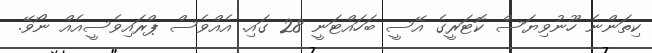
ކިތަންނެ ހޫނުވިޔަސް ކޮޓަރީގެ އޭސީ ބަހައްޓަނީ 28 ގައި. އެއްވެސް ޕްރައިވެސީއެއް ނޯވޭ.